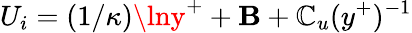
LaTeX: U_{i}=(1/\kappa)\lny^{+}+\mathbf{B}+\mathbb{C}_{u}(y^{+})^{-1}